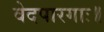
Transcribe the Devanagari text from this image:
वेदपारगाः॥